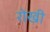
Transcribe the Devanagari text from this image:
रोखी